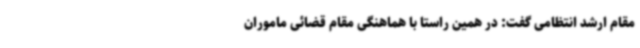
مقام ارشد انتظامی گفت: در همین راستا با هماهنگی مقام قضائی ماموران